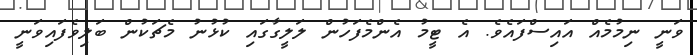
ވަނީ ނިމުމެއް އައިސްފައެވެ. އެ ޓީމު އެންމެފަހުން ލަލީގާގައި ކުޅުނު މެޗަކުން ބަލިވެފައިވަނީ